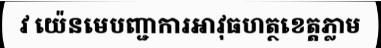
វ យ៉េនមេបញ្ជាការអាវុធហត្ថខេត្តភ្លាម